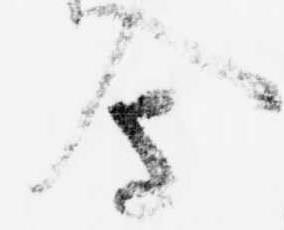
会